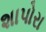
શાપોરા